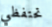
تحتفظي